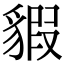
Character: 貑